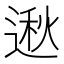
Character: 𫐵